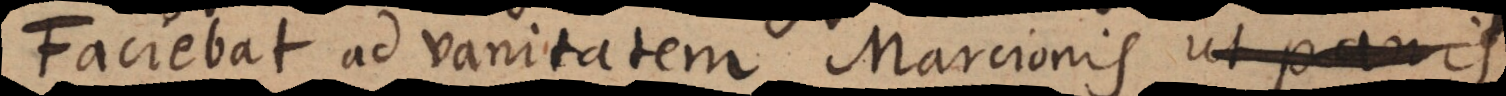
Faciebat ad vanitatem Marcionis ut pa